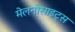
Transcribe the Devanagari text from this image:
मेलनोसाइट्स